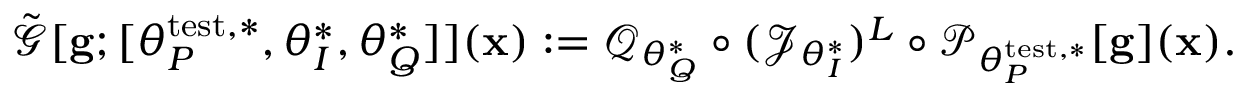
\tilde { \mathcal { G } } [ \mathbf { g } ; [ \theta _ { P } ^ { \mathrm { t e s t } , * } , \theta _ { I } ^ { * } , \theta _ { Q } ^ { * } ] ] ( \mathbf { x } ) : = \mathcal { Q } _ { \theta _ { Q } ^ { * } } \circ ( \mathcal { J } _ { \theta _ { I } ^ { * } } ) ^ { L } \circ \mathcal { P } _ { \theta _ { P } ^ { \mathrm { t e s t } , * } } [ \mathbf { g } ] ( \mathbf { x } ) .